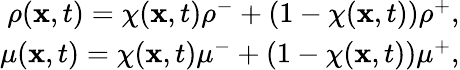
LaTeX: \begin{array}{r}{\rho(\mathbf{x},t)=\chi(\mathbf{x},t)\rho^{-}+(1-\chi(\mathbf{x},t))\rho^{+},}\\ {\mu(\mathbf{x},t)=\chi(\mathbf{x},t)\mu^{-}+(1-\chi(\mathbf{x},t))\mu^{+},}\end{array}